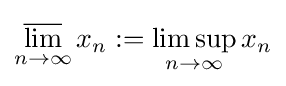
\varlimsup _{n\to \infty }x_{n}:=\limsup _{n\to \infty }x_{n}